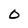
Character: O